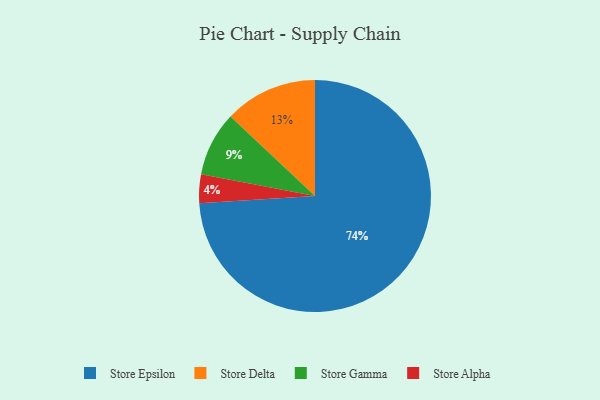
{"axis": {"x": "Category", "y": "Percentage"}, "legend": ["Store Alpha", "Store Delta", "Store Epsilon", "Store Gamma"], "data": [{"x": "Store Epsilon", "y": 74, "type": "Store Epsilon"}, {"x": "Store Alpha", "y": 4, "type": "Store Alpha"}, {"x": "Store Gamma", "y": 9, "type": "Store Gamma"}, {"x": "Store Delta", "y": 13, "type": "Store Delta"}]}